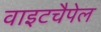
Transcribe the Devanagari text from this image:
वाइटचैपेल